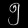
Digit: ၅